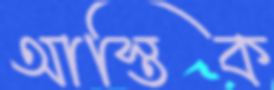
আস্তিক